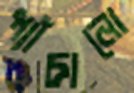
প্যাঁচানো